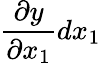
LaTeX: {\frac{\partial y}{\partial x_{1}}}dx_{1}